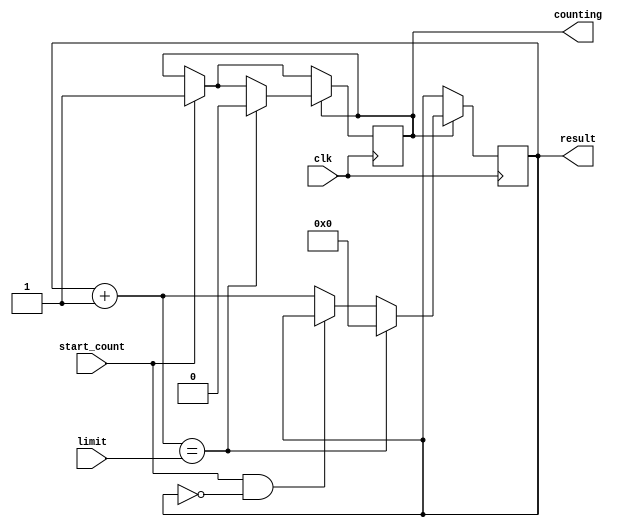
`timescale 1 ps / 1 ps

/* counter counting from 0 to limit starting when start_count is pulsed to 1 */

module counter(
	input clk,              					// clock
	input start_count,      					// signal to start counting
	input [16:0] limit, // the number to count upto
	output reg counting,    					// whether the clock is still counting
	output reg [16:0] result // resulting output
	);

	initial counting = 0;
	initial result = 17'b0;

	always@(posedge clk) begin
		if (start_count) begin
			counting <= 1;
		end
		if (counting) begin
			if (result + 1'b1 == limit) begin
				counting <= 0;
				result <= 17'b0;
			end else if (start_count && result == 17'b0) begin
				// start_counting signal and result is 0
				// do not change, let result stay at 0 for one
				// clock cycle
			end else begin
				result <= result + 1'b1;
			end
		end
	end
endmodule